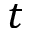
t